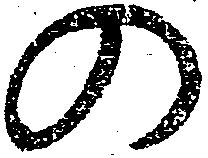
の